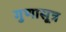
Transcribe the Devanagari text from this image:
गुणासूत्र